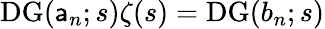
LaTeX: \operatorname{DG}(\mathsf{a}_{n};s)\zeta(s)=\operatorname{DG}(b_{n};s)